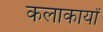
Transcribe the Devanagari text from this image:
कलाकार्यों